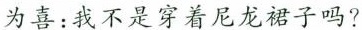
为喜：我不是穿着尼龙裙子吗?